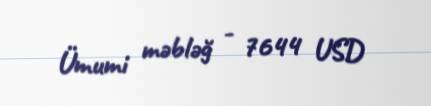
Ümumi məbləğ - 7644 USD